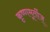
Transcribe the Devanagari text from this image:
कृष्णमूर्तीज्‌